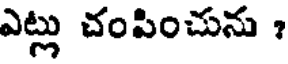
ఎట్లు చంపించును ?